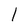
Character: 1